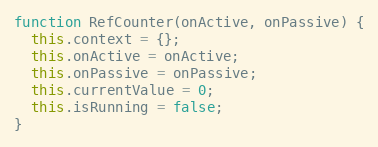
Language: JavaScript
function RefCounter(onActive, onPassive) {
  this.context = {};
  this.onActive = onActive;
  this.onPassive = onPassive;
  this.currentValue = 0;
  this.isRunning = false;
}